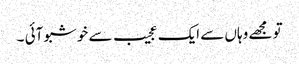
تو مجھے وہاں سے ایک عجیب سے خوشبو آئی ۔